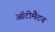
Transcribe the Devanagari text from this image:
ऑटोमैटन